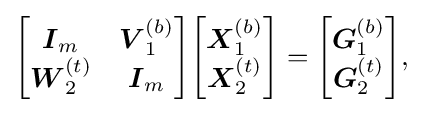
{\begin{bmatrix}{\boldsymbol {I}}_{m}&{\boldsymbol {V}}_{1}^{(b)}\\{\boldsymbol {W}}_{2}^{(t)}&{\boldsymbol {I}}_{m}\end{bmatrix}}{\begin{bmatrix}{\boldsymbol {X}}_{1}^{(b)}\\{\boldsymbol {X}}_{2}^{(t)}\end{bmatrix}}={\begin{bmatrix}{\boldsymbol {G}}_{1}^{(b)}\\{\boldsymbol {G}}_{2}^{(t)}\end{bmatrix}}{\text{,}}